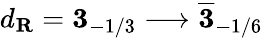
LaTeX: d_{\mathbf R}={\mathbf 3}_{-1/3}\longrightarrow\overline{{{\mathbf 3}}}_{-1/6}